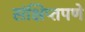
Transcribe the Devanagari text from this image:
संक्षिप्‍तपणे